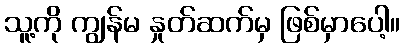
သူ့ကို ကျွန်မ နှုတ်ဆက်မှ ဖြစ်မှာပေါ့။